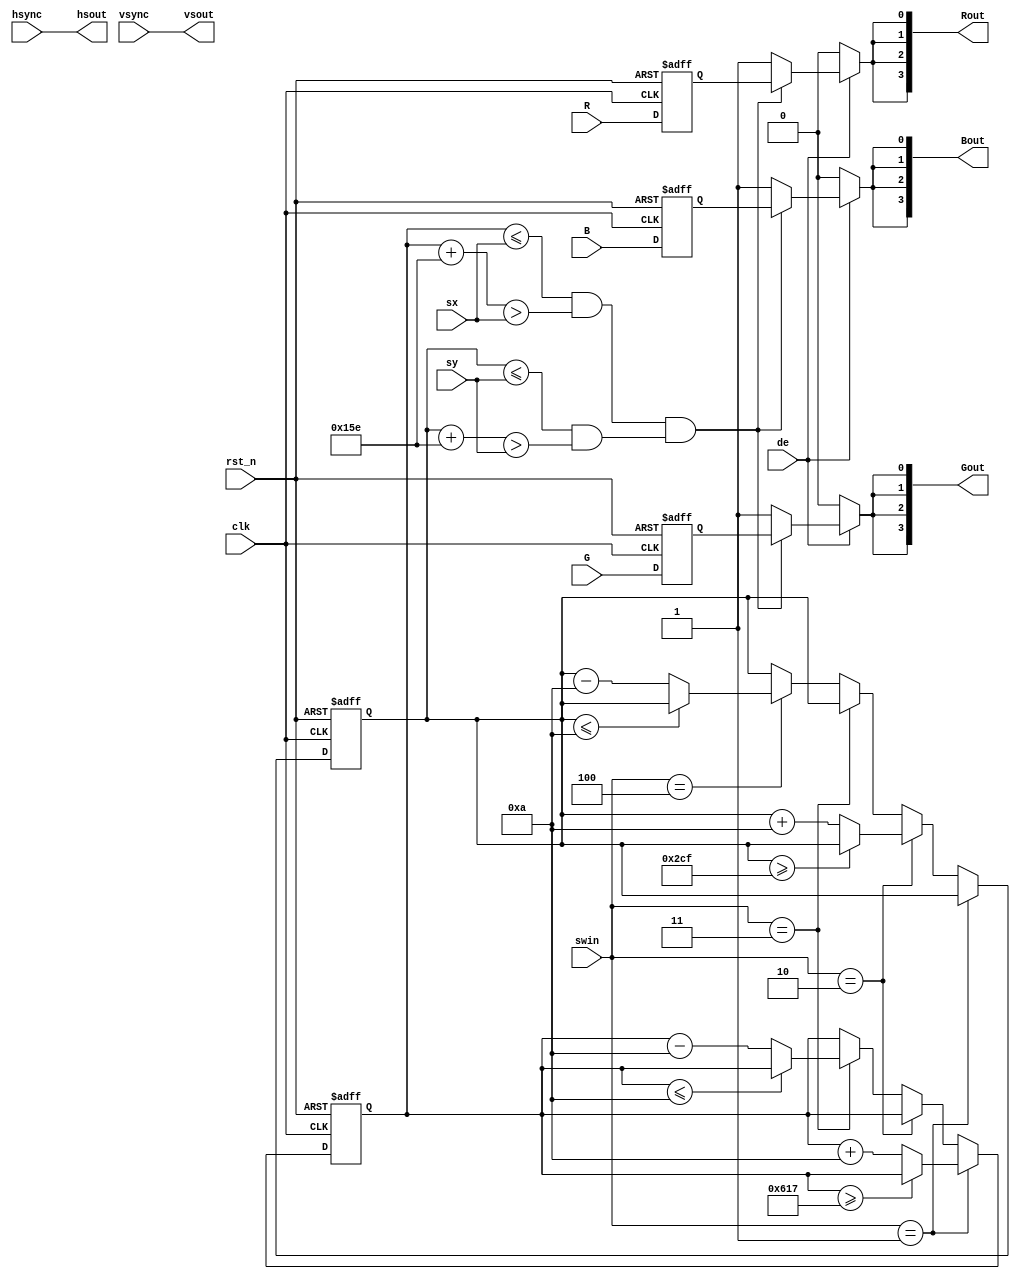
module box_mover(
    input clk,
    input rst_n,
    input [2:0]swin,
    input R,
    input G,
    input B,
    input [x_width-1:0] sx,  // horizontal screen position
    input [y_width-1:0] sy,  // vertical screen position
    input hsync,     // horizontal sync
    input vsync,     // vertical sync
    input de,
    output wire hsout,
    output wire vsout,
    output wire [3:0] Rout,
    output wire [3:0] Gout,
    output wire [3:0] Bout
    );
    reg [x_width-1:0] posx;
    reg [y_width-1:0] posy;
    parameter total_pixel=1920;
    parameter total_line=1080;
    parameter box_size = 350;
    parameter x_width = $clog2(Total_Pixels-1);
    parameter y_width = $clog2(Total_Lines-1);
    parameter Total_Pixels=2200;
    parameter Total_Lines=1125;
    parameter strt_pntx = total_pixel/2-box_size/2-1;
    parameter strt_pnty = total_line/2-box_size/2-1;
    parameter end_pntx = total_pixel-box_size-1-10;
    parameter end_pnty = total_line-box_size-1-10;
//    always@(posedge clk)begin
//        hsout<=hsync;
//        vsout<=vsync;
//    end
    assign hsout=hsync;
    assign vsout=vsync;
    reg Ron,Gon,Bon;
    
    wire pixon;
    always @ (posedge clk or negedge rst_n) begin
        if(!rst_n)begin
            posx<=strt_pntx;
            posy<=strt_pnty;
        end
        else if(swin==1)begin
            if(posx>=end_pntx)begin
                posx<=posx;
            end
            else begin
                posx<=posx+10;
            end
        end
        else if(swin==2)begin
            if(posy>=end_pnty)begin
                posy<=posy;
            end
            else begin
                posy<=posy+10;
            end
        end
        else if(swin==3)begin
            if(posx<=10)begin
                posx<=posx;
            end
            else begin
                posx<=posx-10;
            end
        end
        else if(swin==4)begin
            if(posy<=10)begin
                posy<=posy;
            end
            else begin
                posy<=posy-10;
            end
        end
    end
    
    always @ (posedge clk or negedge rst_n)begin
        if(!rst_n)begin
            Ron<=0;
            Gon<=0;
            Bon<=0;
        end
        else begin
            Ron<=R;
            Gon<=G;
            Bon<=B;
        end 
    end
    
    assign pixon=(posx<=sx&&posx+box_size>sx)&&(posy<=sy&&posy+box_size>sy);
    
    assign Rout[0]=de?((pixon)?Ron:1):0;
    assign Rout[1]=de?((pixon)?Ron:1):0;
    assign Rout[2]=de?((pixon)?Ron:1):0;
    assign Rout[3]=de?((pixon)?Ron:1):0;
    
    assign Bout[0]=de?((pixon)?Bon:1):0;
    assign Bout[1]=de?((pixon)?Bon:1):0;
    assign Bout[2]=de?((pixon)?Bon:1):0;
    assign Bout[3]=de?((pixon)?Bon:1):0;
    
    assign Gout[0]=de?((pixon)?Gon:1):0;
    assign Gout[1]=de?((pixon)?Gon:1):0;
    assign Gout[2]=de?((pixon)?Gon:1):0;
    assign Gout[3]=de?((pixon)?Gon:1):0;
    
//    assign Rout[0]=pixon?Ron:1;
//    assign Rout[1]=de?((pixon)?Ron:1):0;
//    assign Rout[2]=de?((pixon)?Ron:1):0;
//    assign Rout[3]=de?((pixon)?Ron:1):0;
    
//    assign Bout[0]=de?((pixon)?Bon:1):0;
//    assign Bout[1]=de?((pixon)?Bon:1):0;
//    assign Bout[2]=de?((pixon)?Bon:1):0;
//    assign Bout[3]=de?((pixon)?Bon:1):0;
    
//    assign Gout[0]=de?((pixon)?Gon:1):0;
//    assign Gout[1]=de?((pixon)?Gon:1):0;
//    assign Gout[2]=de?((pixon)?Gon:1):0;
//    assign Gout[3]=de?((pixon)?Gon:1):0;
    
//    assign Rout[0]=1;
//    assign Rout[1]=1;
//    assign Rout[2]=1;
//    assign Rout[3]=1;
    
//    assign Bout[0]=1;
//    assign Bout[1]=1;
//    assign Bout[2]=1;
//    assign Bout[3]=1;
    
//    assign Gout[0]=1;
//    assign Gout[1]=1;
//    assign Gout[2]=1;
//    assign Gout[3]=1;
    
endmodule